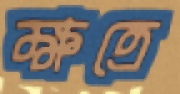
ক্ষত্রে